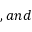
, a n d